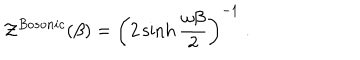
LaTeX: { \cal Z } ^ { B o s o n i c } ( \beta ) = \left( 2 \sinh { \frac { \omega \beta } { 2 } } \right) ^ { - 1 } \; .